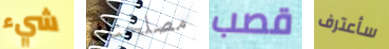
شيء مصلحتك قصب سأعترف